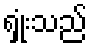
ရှုံးသည်